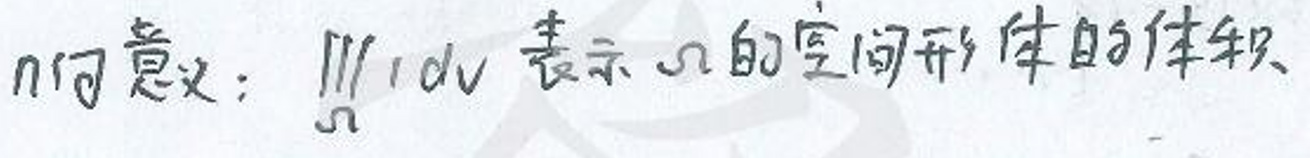
\(n\)的意义：\(\iiint_{\Omega} 1dv\)表示\(\Omega\)的空间形体的体积。